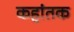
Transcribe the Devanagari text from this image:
कहांतक